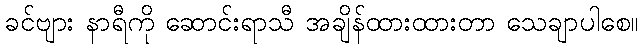
ခင်ဗျား နာရီကို ဆောင်းရာသီ အချိန်ထားထားတာ သေချာပါစေ။